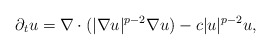
\begin{align*}\partial_{t}u = \nabla \cdot (|\nabla u|^{p-2} \nabla u) - c |u|^{p-2} u ,\end{align*}